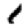
Digit: 1